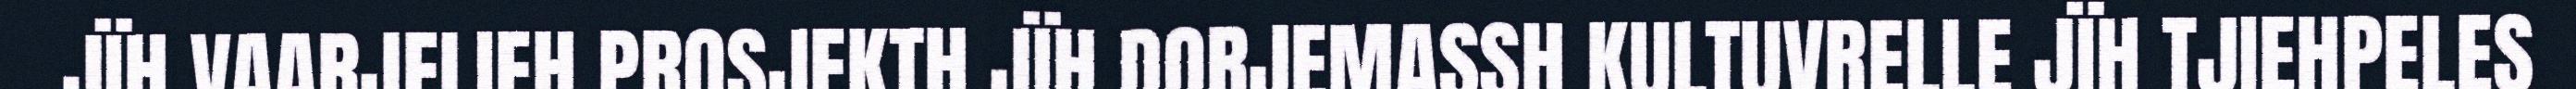
JÏH VAARJELIEH PROSJEKTH JÏH DORJEMASSH KULTUVRELLE JÏH TJIEHPELES